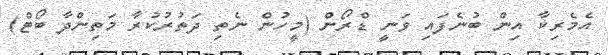
އެމެރިކާ އިން ބުނެފައި ވަނީ ޑްރޯން (މީހުން ނެތި ދަތުރުކުރާ މަތިންދާ ބޯޓް)